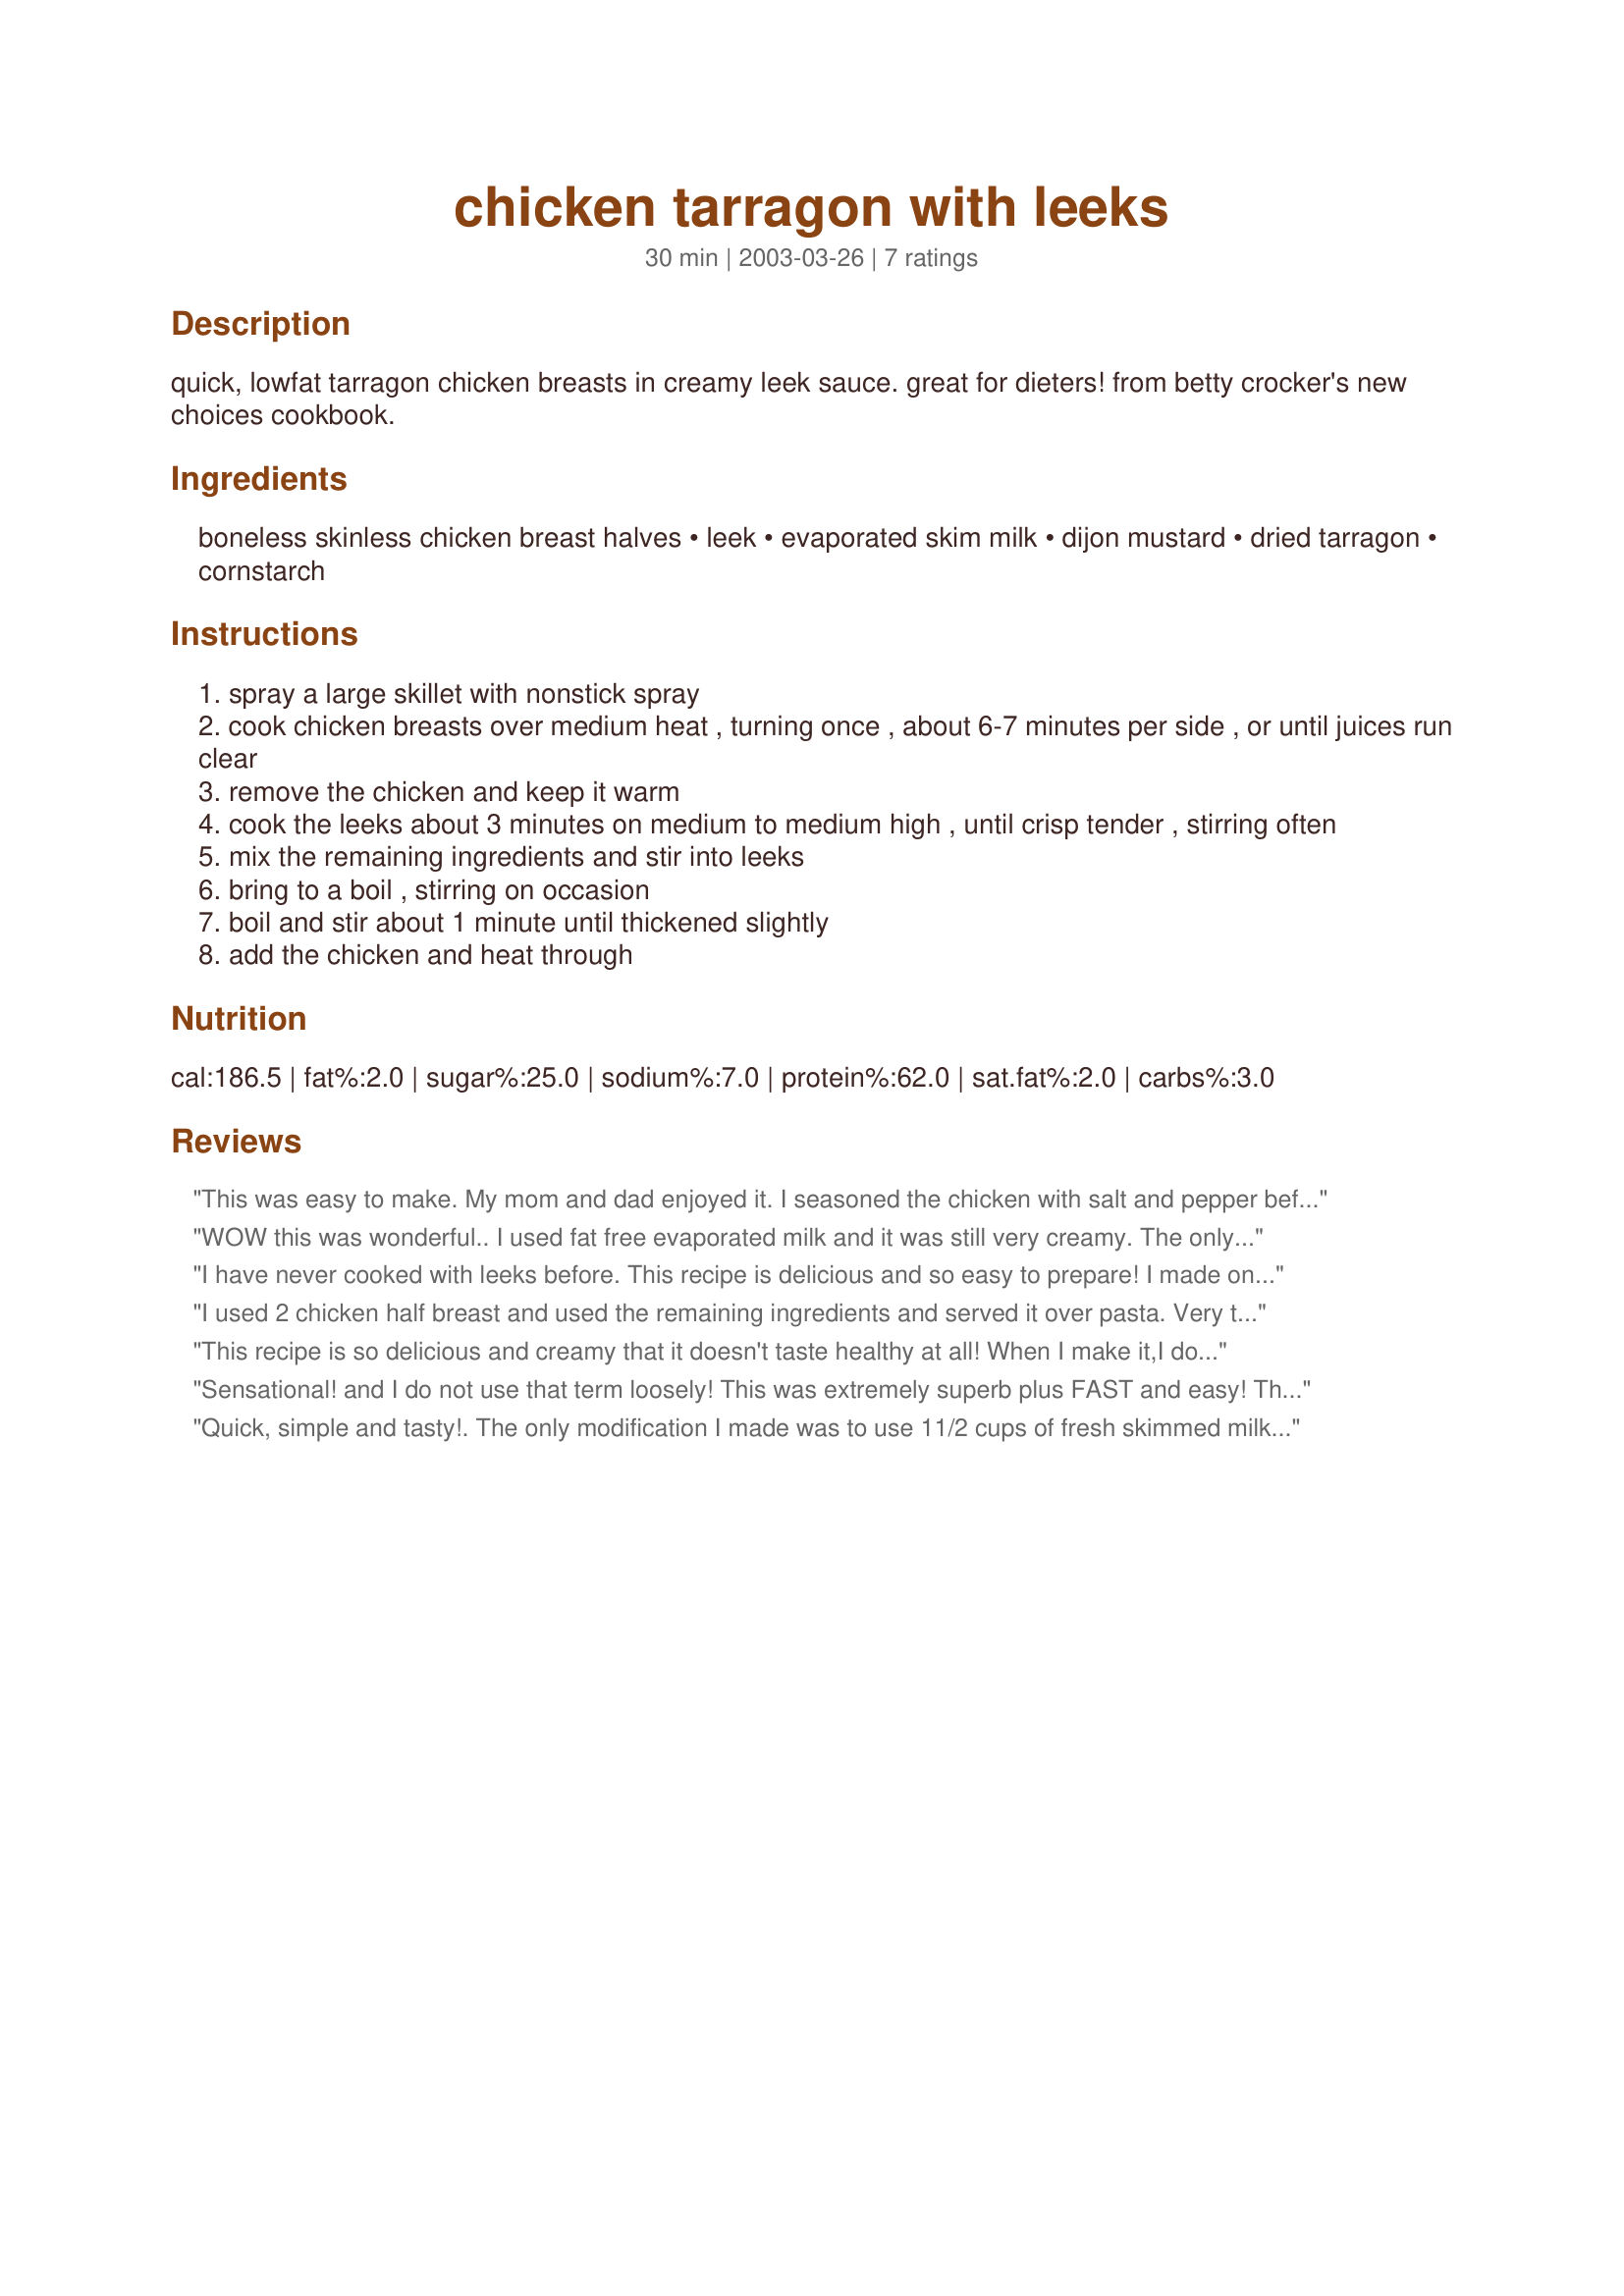
chicken tarragon with leeks
Preparation time: 30 minutes

quick, lowfat tarragon chicken breasts in creamy leek sauce. great for dieters! from betty crocker's new choices cookbook.

Ingredients:
boneless skinless chicken breast halves, leek, evaporated skim milk, dijon mustard, dried tarragon, cornstarch

Steps:
spray a large skillet with nonstick spray
cook chicken breasts over medium heat , turning once , about 6-7 minutes per side , or until juices run clear
remove the chicken and keep it warm
cook the leeks about 3 minutes on medium to medium high , until crisp tender , stirring often
mix the remaining ingredients and stir into leeks
bring to a boil , stirring on occasion
boil and stir about 1 minute until thickened slightly
add the chicken and heat through

Reviews:
This was easy to make. My mom and dad enjoyed it. I seasoned the chicken with salt and pepper before cooking. I doubled the leeks and the sauce so we'd have some extra to go over noodles and also used fresh tarragon. (about 1/3 cup because of the doubled sauce) I must confess that I added a 1/4 cup of heavy cream near the end of cooking to make it rich tasting. So much for the 'good for dieters', huh? It was delicious.
WOW this was wonderful.. I used fat free evaporated milk and it was still very creamy. The only different thing I did was I did not use pam I used extra virgin olive oil and I did salt and pepper the chicken before I cooked it.
I have never cooked with leeks before. This recipe is delicious and so easy to prepare! I made one adjustment. I didn't have any dijon mustard so I substituted honey dijon salad dressing. It was wonderful! My husband loved the sauce so much he went back to the pan to add more to his chicken. I will make this again. We are now official leek lovers!
I used 2 chicken half breast and used the remaining ingredients and served it over pasta. Very tasty and so easy to make.
This recipe is so delicious and creamy that it doesn't taste healthy at all! When I make it,I double the amount of sauce and add summer squash to the pan with the leeks. Then I top with halved cherry tomatoes. Served over rice or noodles it makes a tasty meal.
Sensational! and I do not use that term loosely! This was extremely superb plus FAST and easy! The hardest part of this was cleaning the leeks! lol This smelled amazing as it was cooking so I knew then I HAD to double the sauce! Since this is so low cal and low fat I could do that without batting an eye! I was tempted to hike the heat and get it done faster due to a crazy day but this cooked so fast I really didn't need to do that and reaped the benefit of cooking it at a lower heat. Too high would not result in the beautiful brown tidbits that form at the bottom of the pan and release an amazing flavor and aroma when the liquids are added. This tastes so bad for you but is not! I love fast and simple recipes that taste like they are sinful but weigh in very light! Thank you so much for sharing such a divine recipe! We were bad and had this over egg noodles but would be equally good with some brown rice or my recipe#145147! Since we were eating well we could really enjoy the Pinot Grigio we had with it AND even could indulge in dessert! Thanks Chipotle Chick! You rock! PS.. we also had a side salad! :)
Quick, simple and tasty!. The only modification I made was to use 11/2 cups of fresh skimmed milk (I did not have any evaporated stuff) to which I added 6 tsps. of dried skimmed milk, thus thickening it. Success!.
